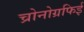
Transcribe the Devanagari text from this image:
च्रोनोग्रफिई